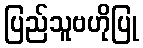
ပြည်သူဗဟိုပြု